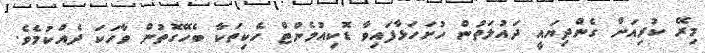
މިރޭ ކުރިއަށް ގެންދިޔައީ ދައުލަތުން ހުށަހަޅާފައިވާ ޑޮކިއުމެންޓް ހެކިތަކާ ބެހޭގޮތުން ވާހަކަ ދެއްކުމެވެ.